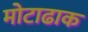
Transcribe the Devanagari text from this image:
मोटाढाक